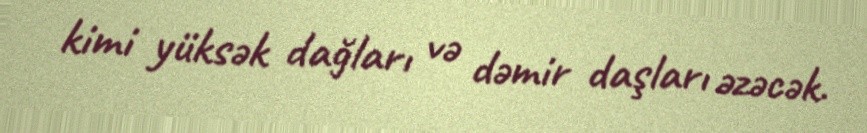
kimi yüksək dağları və dəmir daşları əzəcək.